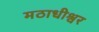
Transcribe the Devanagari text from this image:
मठाधीश्वर